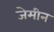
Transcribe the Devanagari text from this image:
जेमीन